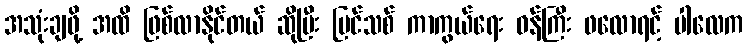
အသုံးချဖို့ အထိ ဖြစ်လာနိုင်တယ် ဆိုပြီး ပြင်သစ် ကာကွယ်ရေး ဝန်ကြီး ဖလောရင့် ပါလေက